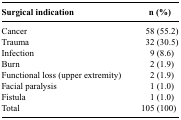
| Surgical indication | n (%) |
 | --- | --- |
 | Cancer | 58 (55.2) |
 | Trauma | 32 (30.5) |
 | Infection | 9 (8.6) |
 | Burn | 2 (1.9) |
 | Functional loss (upper extremity) | 2 (1.9) |
 | Facial paralysis | 1 (1.0) |
 | Fistula | 1 (1.0) |
 | Total | 105 (100) |